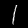
Label: 1